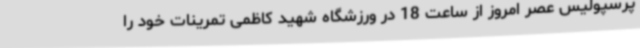
پرسپولیس عصر امروز از ساعت 18 در ورزشگاه شهید کاظمی تمرینات خود را